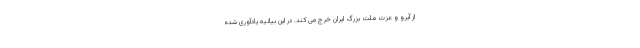
از آبرو و عزت ملت بزرگ ایران خرج می کند. در این بیانیه یادآوری شده